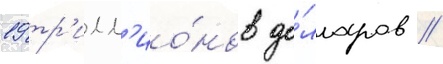
19 тр'илл'ио́нов до́лларов //